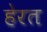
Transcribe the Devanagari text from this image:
हेरत